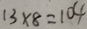
1 3 \times 8 = 1 0 4